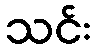
သင်း